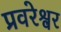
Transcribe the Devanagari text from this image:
प्रवरेश्वर